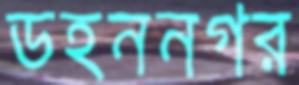
ডহননগর